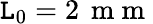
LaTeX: \mathtt{L}_{0}=2\, \mathrm{{~m~m~}}